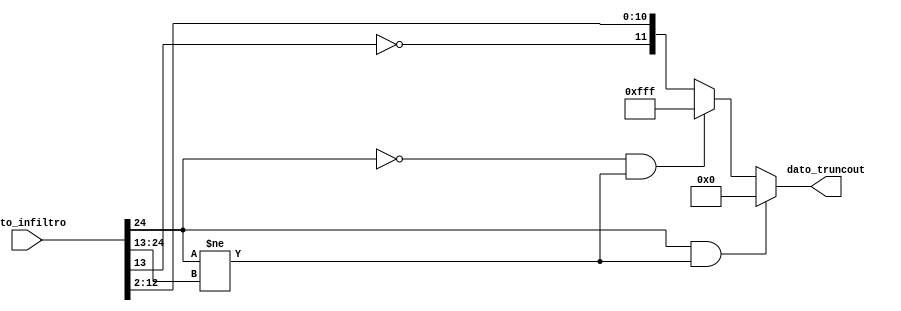
`timescale 1ns / 1ps
//////////////////////////////////////////////////////////////////////////////////
// Company: 
// Engineer: 
// 
// Design Name: 
// Module Name:    Truncador_PWM 
// Project Name: 
// Target Devices: 
// Tool versions: 
// Description: 
//
// Dependencies: 
//
// Revision: 
// Revision 0.01 - File Created
// Additional Comments: 
//
//////////////////////////////////////////////////////////////////////////////////
module Truncador_PWM(
	input [24:0] dato_infiltro, //Dato que sale del filtro
	output [11:0] dato_truncout); //Dato truncado para el PWM

wire comp = {12{dato_infiltro[24]}} ;
reg [11:0] dato_trunc;
wire [24:0] aux;
assign aux = dato_infiltro;

always @*
	begin
		if (aux[24] == 1 && comp != aux[24:13]) dato_trunc <= 12'b0; //Para el caso de underflow
		else if (aux[24] == 0 && comp != aux [24:13]) dato_trunc <= 12'b111111111111; //Para el caso de overflow
		else dato_trunc <= {~{aux[13]},aux[12:2]}; //El bit 13 negado es para sumar los 0.5
	end

assign dato_truncout = dato_trunc;

endmodule